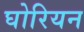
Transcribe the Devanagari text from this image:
घोरियन